Report of an investigation into the causes of malaria in Bombay and the measures necessary for its control
Disease focus: Malaria
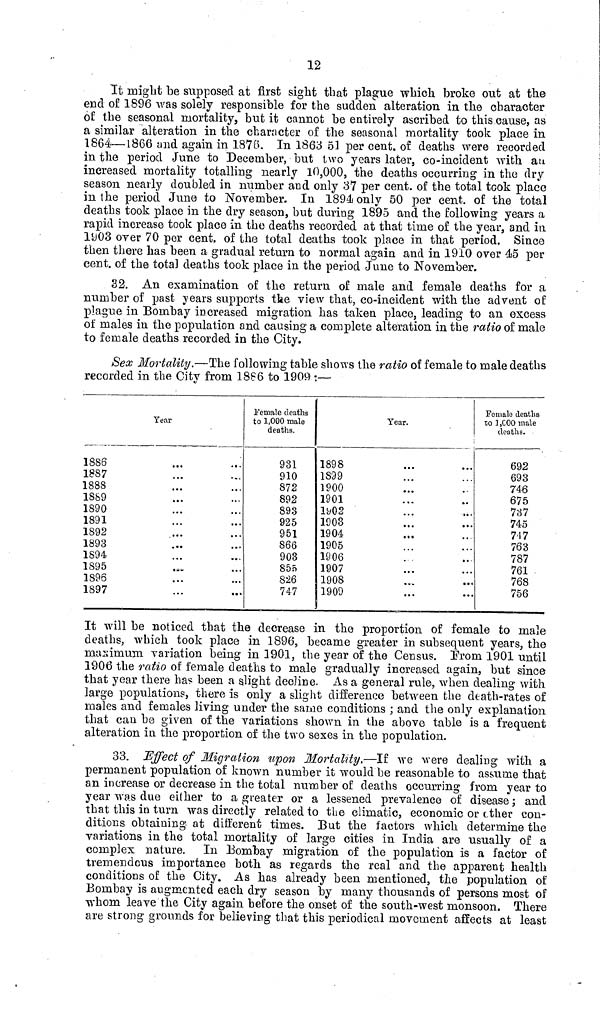
12
It might be supposed at first sight that plague which broke out at the
end of 1896 was solely responsible for the sudden alteration in the character
of the seasonal mortality, but it cannot be entirely ascribed to this cause, as
a similar alteration in the character of the seasonal mortality took place in
1864—1866 and again in 1876. In 1863 51 per cent. of deaths were recorded
in the period June to December, but two years later, co-incident with au
increased mortality totalling nearly 10,000, the deaths occurring in the dry
season nearly doubled in number and only 37 per cent. of the total took place
in the period June to November. In 1894 only 50 per cent. of the total
deaths took place in the dry season, but during 1895 and the following years a
rapid increase took place in the deaths recorded at that time of the year, and in
1903 over 70 per cent. of the total deaths took place in that period. Since
then there has been a gradual return to normal again and in 1910 over
45
32. An examination of the return of male and female deaths for a
number of past years supports the view that, co-incident with the advent of
plague in Bombay increased migration has taken place, leading to an excess
of males in the population and causing a complete alteration in the ratio of male
to female deaths recorded in the City.
Sex Mortality.—The following table shows the ratio of female to male deaths
recorded in the City from 1886 to 1909 :—
Year
1886
1887
1888
1889
1890
1891
1892
1893
1894
1895
1896
1897
Female deaths
to 1,000 male
deaths.
931
910
872
892
893
925
951
866
903
855
826
747
Year.
1898
1899
1900
1901
1902
1903
1904
1905
1906
1907
1908
1909
Female deaths
to l,C00 male
deaths.
692
693
746
675
737
745
717
763
787
761
768
756
It will be noticed that the decrease in the proportion of female to male
deaths, which took place in 1896, became greater in subsequent years, the
maximum variation being in 1901, the year of the Census. Prom 1901 until
1906 the ratio of female deaths to male gradually increased again, but since
that year there has been a slight decline. As a general rule, when dealing with
large populations, there is only a slight difference between the death-rates of
males and females living under the same conditions ; and the only explanation
that can be given of the variations shown in the above table is a frequent
alteration in the proportion of the two sexes in the population.
33. Effect of Migration upon Mortality.—If we were dealing with a
permanent population of known number it would be reasonable to assume that
an increase or decrease in the total number of deaths occurring from year to
year was due either to a greater or a lessened prevalence of disease; and
that this in turn was directly related to the climatic, economic or other con-
ditions obtaining at different times. Eut the factors which determine the
variations in the total mortality of large cities in India are usually of a
complex nature. In Bombay migration of the population is a factor of
tremendous importance both as regards the real and the apparent health
conditions of the City. As has already been mentioned, the population of
Bombay is augmented each dry season by many thousands of persons most of
whom leave the City again before the onset of the south-west monsoon. There
are strong grounds for believing that this periodical movement affects at least